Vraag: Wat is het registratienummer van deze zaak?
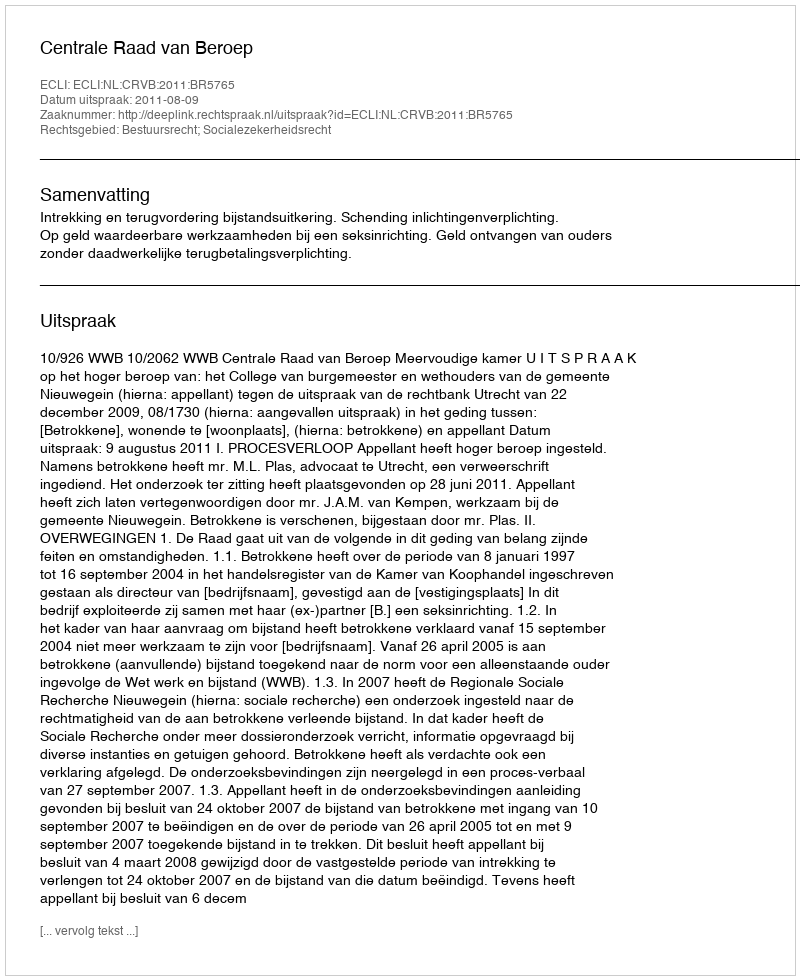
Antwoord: http://deeplink.rechtspraak.nl/uitspraak?id=ECLI:NL:CRVB:2011:BR5765